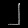
Digit: ၂